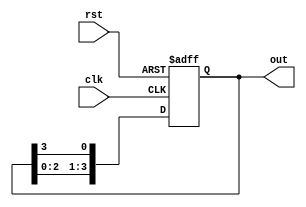
module ring_counter #(
    parameter N = 4  // Number of flip-flops (length of the ring counter)
)(
    input wire clk,     // Clock input
    input wire rst,     // Reset input (active-high)
    output reg [N-1:0] out // Output representing the current state
);

// Initial state
initial begin
    out = 1'b1; // Set the initial state to 100...0 (only the first flip-flop is high)
end

// Always block for the ring counter logic
always @(posedge clk or posedge rst) begin
    if (rst) begin
        out <= 1'b1; // Reset to initial state
    end else begin
        // Shift the '1' around the ring
        out <= {out[N-2:0], out[N-1]}; // Shift left and wrap around
    end
end

endmodule